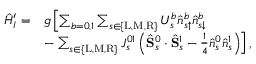
\begin{array} { r l } { \hat { H } _ { I } ^ { \prime } = } & { g \left[ \sum _ { b = 0 , 1 } \sum _ { s \in \{ \mathrm { L } , \mathrm { M } , \mathrm { R } \} } U _ { s } ^ { b } \hat { n } _ { s \uparrow } ^ { b } \hat { n } _ { s \downarrow } ^ { b } \right. } \\ & { - \left. \sum _ { s \in \{ \mathrm { L } , \mathrm { M } , \mathrm { R } \} } J _ { s } ^ { 0 1 } \left( \hat { \mathbf { S } } _ { s } ^ { 0 } \cdot \hat { \mathbf { S } } _ { s } ^ { 1 } - \frac { 1 } { 4 } \hat { n } _ { s } ^ { 0 } \hat { n } _ { s } ^ { 1 } \right) \right] , } \end{array}